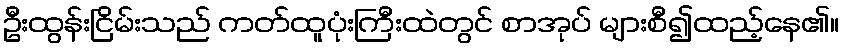
ဦးထွန်းငြိမ်းသည် ကတ်ထူပုံးကြီးထဲတွင် စာအုပ် များစီ၍ထည့်နေ၏။